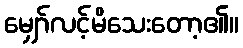
မျှော်လင့်မိသေးတော့၏။